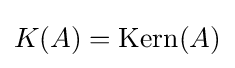
K(A)=\operatorname {Kern} (A)